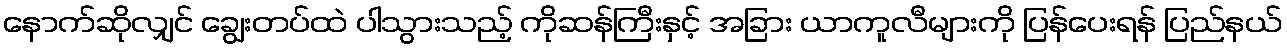
နောက်ဆိုလျှင် ချွေးတပ်ထဲ ပါသွားသည့် ကိုဆန်ကြီးနှင့် အခြား ယာကူလီများကို ပြန်ပေးရန် ပြည်နယ်